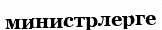
министрлерге